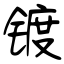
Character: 镀